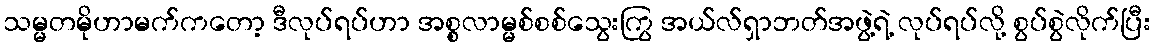
သမ္မတမိုဟာမက်ကတော့ ဒီလုပ်ရပ်ဟာ အစ္စလာမ္မစ်စစ်သွေးကြွ အယ်လ်ရှာဘတ်အဖွဲ့ရဲ့ လုပ်ရပ်လို့ စွပ်စွဲလိုက်ပြီး